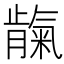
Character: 𬂕